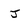
Character: J